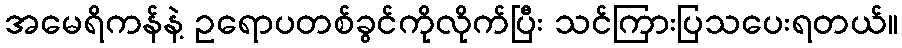
အမေရိကန်နဲ့ ဥရောပတစ်ခွင်ကိုလိုက်ပြီး သင်ကြားပြသပေးရတယ်။